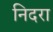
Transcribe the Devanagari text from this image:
निदरा